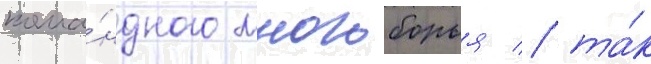
кома́ндного многоборья / та́к